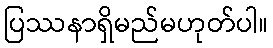
ပြဿနာရှိမည်မဟုတ်ပါ။